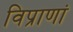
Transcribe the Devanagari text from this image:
विप्राणां